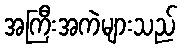
အကြီးအကဲများသည်